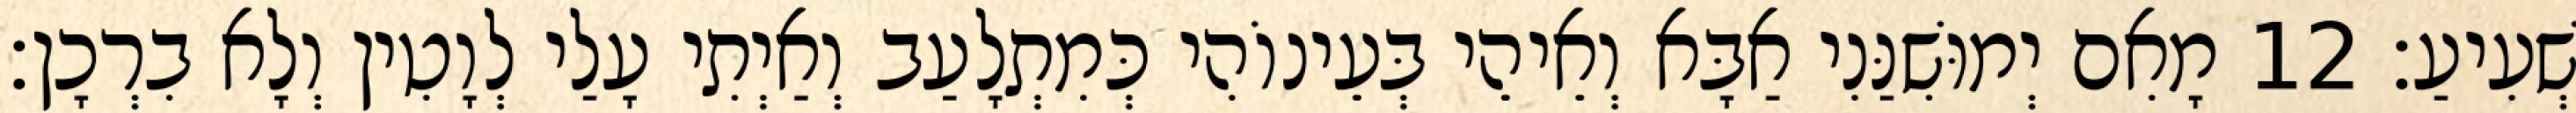
שְׁעִיעַ׃ 12 מָאִם יְמוּשִׁנַּנִי אַבָּא וְאֵיהֵי בְּעֵינוֹהִי כְּמִתְלָעַב וְאַיְתִי עָלַי לְוָטִין וְלָא בִרְכָן׃